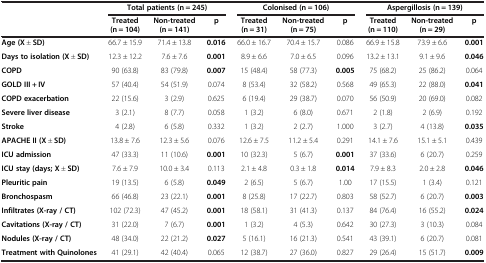
<table><thead><tr><td><b> </b></td><td colspan="3"><b>Total patients (n = 245)</b></td><td colspan="3"><b>Colonised (n = 106)</b></td><td colspan="3"><b>Aspergillosis (n = 139)</b></td></tr><tr><td><b> </b></td><td><b>Treated (n = 104)</b></td><td><b>Non-treated (n = 141)</b></td><td><b>p</b></td><td><b>Treated (n = 31)</b></td><td><b>Non-treated (n = 75)</b></td><td><b>p</b></td><td><b>Treated (n = 110)</b></td><td><b>Non-treated (n = 29)</b></td><td><b>p</b></td></tr></thead><tbody><tr><td><b>Age (X</b> ± <b>SD)</b></td><td>66.7 ± 15.9</td><td>71.4 ± 13.8</td><td><b>0.016</b></td><td>66.0 ± 16.7</td><td>70.4 ± 15.7</td><td>0.086</td><td>66.9 ± 15.8</td><td>73.9 ± 6.6</td><td><b>0.001</b></td></tr><tr><td><b>Days to isolation (X</b> ± <b>SD)</b></td><td>12.3 ± 12.2</td><td>7.6 ± 7.6</td><td><b>0.001</b></td><td>8.9 ± 6.6</td><td>7.0 ± 6.5</td><td>0.096</td><td>13.2 ± 13.1</td><td>9.1 ± 9.6</td><td><b>0.046</b></td></tr><tr><td><b>COPD</b></td><td>90 (63.8)</td><td>83 (79.8)</td><td><b>0.007</b></td><td>15 (48.4)</td><td>58 (77.3)</td><td><b>0.005</b></td><td>75 (68.2)</td><td>25 (86.2)</td><td>0.064</td></tr><tr><td><b>GOLD III + IV</b></td><td>57 (40.4)</td><td>54 (51.9)</td><td>0.074</td><td>8 (53.4)</td><td>32 (58.2)</td><td>0.568</td><td>49 (65.3)</td><td>22 (88.0)</td><td><b>0.041</b></td></tr><tr><td><b>COPD exacerbation</b></td><td>22 (15.6)</td><td>3 (2.9)</td><td>0.625</td><td>6 (19.4)</td><td>29 (38.7)</td><td>0.070</td><td>56 (50.9)</td><td>20 (69.0)</td><td>0.082</td></tr><tr><td><b>Severe liver disease</b></td><td>3 (2.1)</td><td>8 (7.7)</td><td>0.058</td><td>1 (3.2)</td><td>6 (8.0)</td><td>0.671</td><td>2 (1.8)</td><td>2 (6.9)</td><td>0.192</td></tr><tr><td><b>Stroke</b></td><td>4 (2.8)</td><td>6 (5.8)</td><td>0.332</td><td>1 (3.2)</td><td>2 (2.7)</td><td>1.000</td><td>3 (2.7)</td><td>4 (13.8)</td><td><b>0.035</b></td></tr><tr><td><b>APACHE II (X</b> ± <b>SD)</b></td><td>13.8 ± 7.6</td><td>12.3 ± 5.6</td><td>0.076</td><td>12.6 ± 7.5</td><td>11.2 ± 5.4</td><td>0.291</td><td>14.1 ± 7.6</td><td>15.1 ± 5.1</td><td>0.439</td></tr><tr><td><b>ICU admission</b></td><td>47 (33.3)</td><td>11 (10.6)</td><td><b>0.001</b></td><td>10 (32.3)</td><td>5 (6.7)</td><td><b>0.001</b></td><td>37 (33.6)</td><td>6 (20.7)</td><td>0.259</td></tr><tr><td><b>ICU stay (days; X</b> ± <b>SD)</b></td><td>7.6 ± 7.9</td><td>10.0 ± 3.4</td><td>0.113</td><td>2.1 ± 4.8</td><td>0.3 ± 1.8</td><td><b>0.014</b></td><td>7.9 ± 8.3</td><td>2.0 ± 2.8</td><td><b>0.046</b></td></tr><tr><td><b>Pleuritic pain</b></td><td>19 (13.5)</td><td>6 (5.8)</td><td><b>0.049</b></td><td>2 (6.5)</td><td>5 (6.7)</td><td>1.00</td><td>17 (15.5)</td><td>1 (3.4)</td><td>0.121</td></tr><tr><td><b>Bronchospasm</b></td><td>66 (46.8)</td><td>23 (22.1)</td><td><b>0.001</b></td><td>8 (25.8)</td><td>17 (22.7)</td><td>0.803</td><td>58 (52.7)</td><td>6 (20.7)</td><td><b>0.003</b></td></tr><tr><td><b>Infiltrates (X-ray / CT)</b></td><td>102 (72.3)</td><td>47 (45.2)</td><td><b>0.001</b></td><td>18 (58.1)</td><td>31 (41.3)</td><td>0.137</td><td>84 (76.4)</td><td>16 (55.2)</td><td><b>0.024</b></td></tr><tr><td><b>Cavitations (X-ray / CT)</b></td><td>31 (22.0)</td><td>7 (6.7)</td><td><b>0.001</b></td><td>1 (3.2)</td><td>4 (5.3)</td><td>0.642</td><td>30 (27.3)</td><td>3 (10.3)</td><td>0.084</td></tr><tr><td><b>Nodules (X-ray / CT)</b></td><td>48 (34.0)</td><td>22 (21.2)</td><td><b>0.027</b></td><td>5 (16.1)</td><td>16 (21.3)</td><td>0.541</td><td>43 (39.1)</td><td>6 (20.7)</td><td>0.081</td></tr><tr><td><b>Treatment with Quinolones</b></td><td>41 (29.1)</td><td>42 (40.4)</td><td>0.065</td><td>12 (38.7)</td><td>27 (36.0)</td><td>0.827</td><td>29 (26.4)</td><td>15 (51.7)</td><td><b>0.009</b></td></tr></tbody></table>